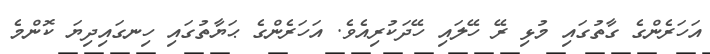
އަހަރެންގެ ގާތުގައި މުޅި ރޭ ހޭލައި ހޭދަކުރިއެވެ. އަހަރެންގެ ޙަޔާތުގައި ހިނގައިދިޔަ ކޮންމެ